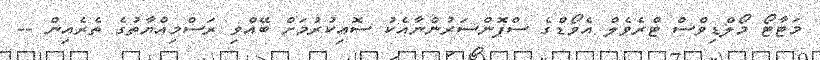
މަޓާޓޯ މޯލްޑިވްސް ޓްރެވެލް އެވޯޑްގެ ސްޕޮންސަރުންނާއެކު ސޮއިކުރުމަށް ބޭއްވި ރަސްމިއްޔާތުގެ ތެރެއިން --